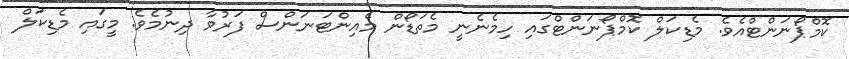
ކޮމްޕޯނަންޓްއެވެ. މެޑިކަލް ކޮމްޕޯނަންޓްގައި ހިމެނެނީ މެތަޑޯން މެއިންޓަނަންސް ފަރުވާ ދިނުމެވެ. މީގައި މެޑިކަލް